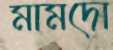
মামদো